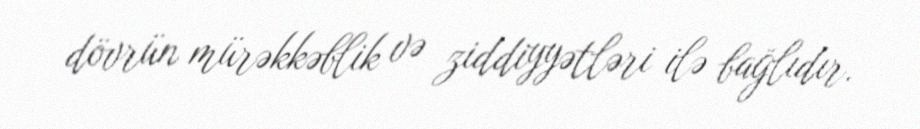
dövrün mürəkkəblik və ziddiyyətləri ilə bağlıdır.